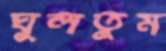
ঘুলতুম